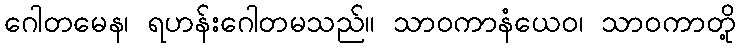
ဂေါတမေန၊ ရဟန်းဂေါတမသည်။ သာဝကာနံယေဝ၊ သာဝကာတို့